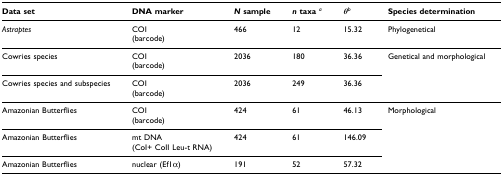
| Data set | DNA marker | N sample | n taxa a | θb | Species determination |
 | --- | --- | --- | --- | --- | --- |
 | Astraptes | COI(barcode) | 466 | 12 | 15.32 | Phylogenetical |
 | Cowries species | COI(barcode) | 2036 | 180 | 36.36 | Genetical and morphological |
 | Cowries species and subspecies | COI(barcode) | 2036 | 249 | 36.36 |  |
 | Amazonian Butterflies | COI(barcode) | 424 | 61 | 46.13 | Morphological |
 | Amazonian Butterflies | mt DNA(CoI+ CoII Leu-t RNA) | 424 | 61 | 146.09 |  |
 | Amazonian Butterflies | nuclear (Ef1α) | 191 | 52 | 57.32 |  |